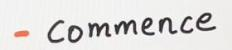
- Commence